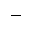
\rightharpoonup